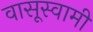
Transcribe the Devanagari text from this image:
वासूस्वामी